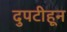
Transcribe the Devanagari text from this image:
दुपटीहून